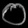
Digit: ၀